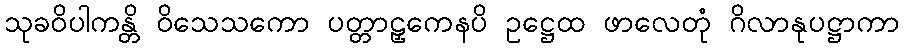
သုခဝိပါကန္တိ ဝိသေသကော ပတ္တာဠှကေနပိ ဥဋ္ဌေထ ဖာလေတုံ ဂိလာနုပဋ္ဌာကာ